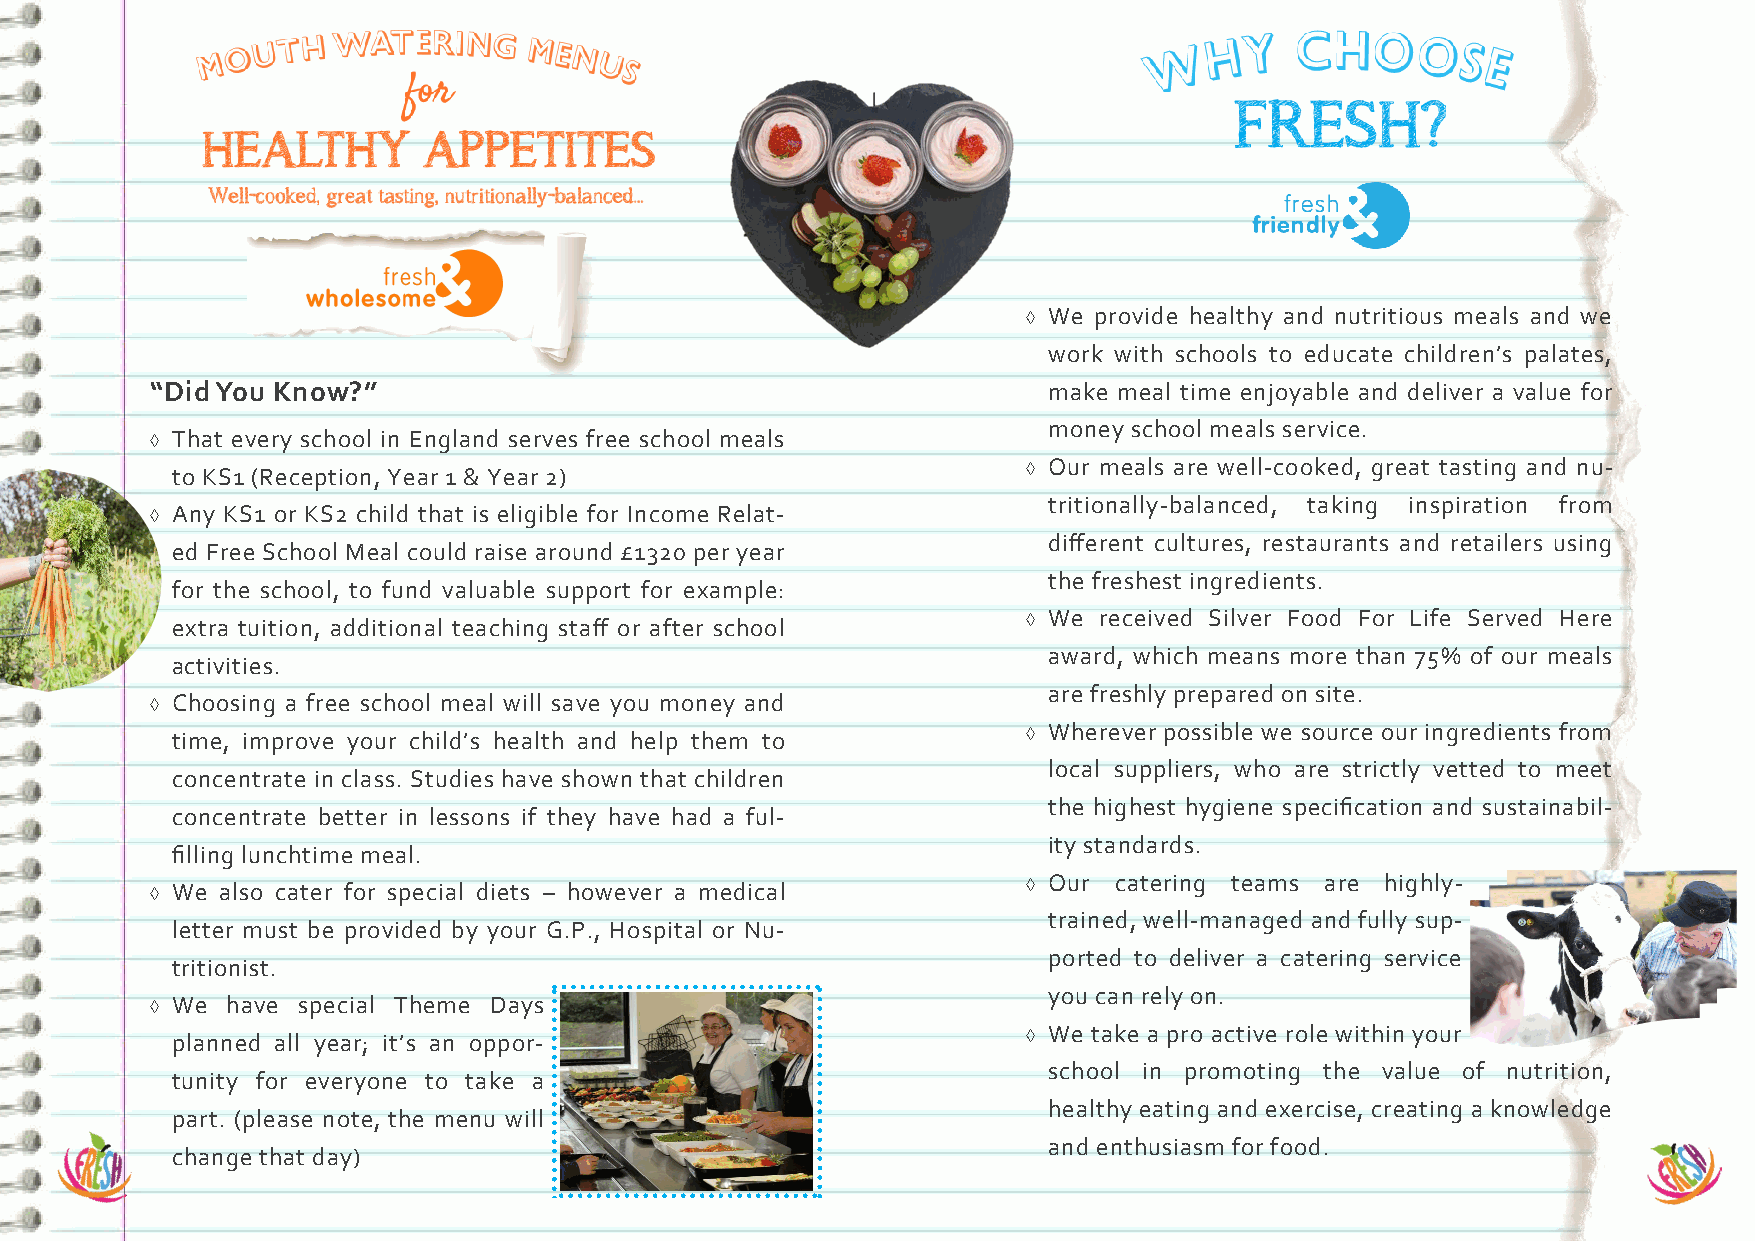
 We provide healthy and nutritious meals and we
 work with schools to educate children’s palates,
 “Did You Know?”                                            make meal time enjoyable and deliver a value for
 money school meals service.
  That every school in England serves free school meals
 to KS1 (Reception, Year 1 & Year 2)                       Our meals are well-cooked, great tasting and nu-
 tritionally-balanced, taking inspiration from
  Any KS1 or KS2 child that is eligible for Income Relat-
 different cultures, restaurants and retailers using
 ed Free School Meal could raise around £1320 per year
 the freshest ingredients.
 for the school, to fund valuable support for example:
 extra tuition, additional teaching staff or after school  We received Silver Food For Life Served Here
 award, which means more than 75% of our meals
 activities.
 are freshly prepared on site.
  Choosing a free school meal will save you money and
 time, improve your child’s health and help them to        Wherever possible we source our ingredients from
 local suppliers, who are strictly vetted to meet
 concentrate in class. Studies have shown that children
 the highest hygiene specification and sustainabil-
 concentrate better in lessons if they have had a ful-
 ity standards.
 filling lunchtime meal.
  We also cater for special diets – however a medical      Our catering teams are highly-
 trained, well-managed and fully sup-
 letter must be provided by your G.P., Hospital or Nu-
 ported to deliver a catering service
 tritionist.
 you can rely on.
  We have special Theme Days
 planned all year; it’s an oppor-                          We take a pro active role within your
 school in promoting the value of nutrition,
 tunity for everyone to take a
 healthy eating and exercise, creating a knowledge
 part. (please note, the menu will
 and enthusiasm for food.
 change that day)